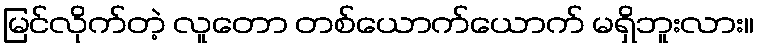
မြင်လိုက်တဲ့ လူတော တစ်ယောက်ယောက် မရှိဘူးလား။